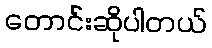
တောင်းဆိုပါတယ်